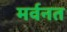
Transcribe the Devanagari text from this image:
मर्वनत